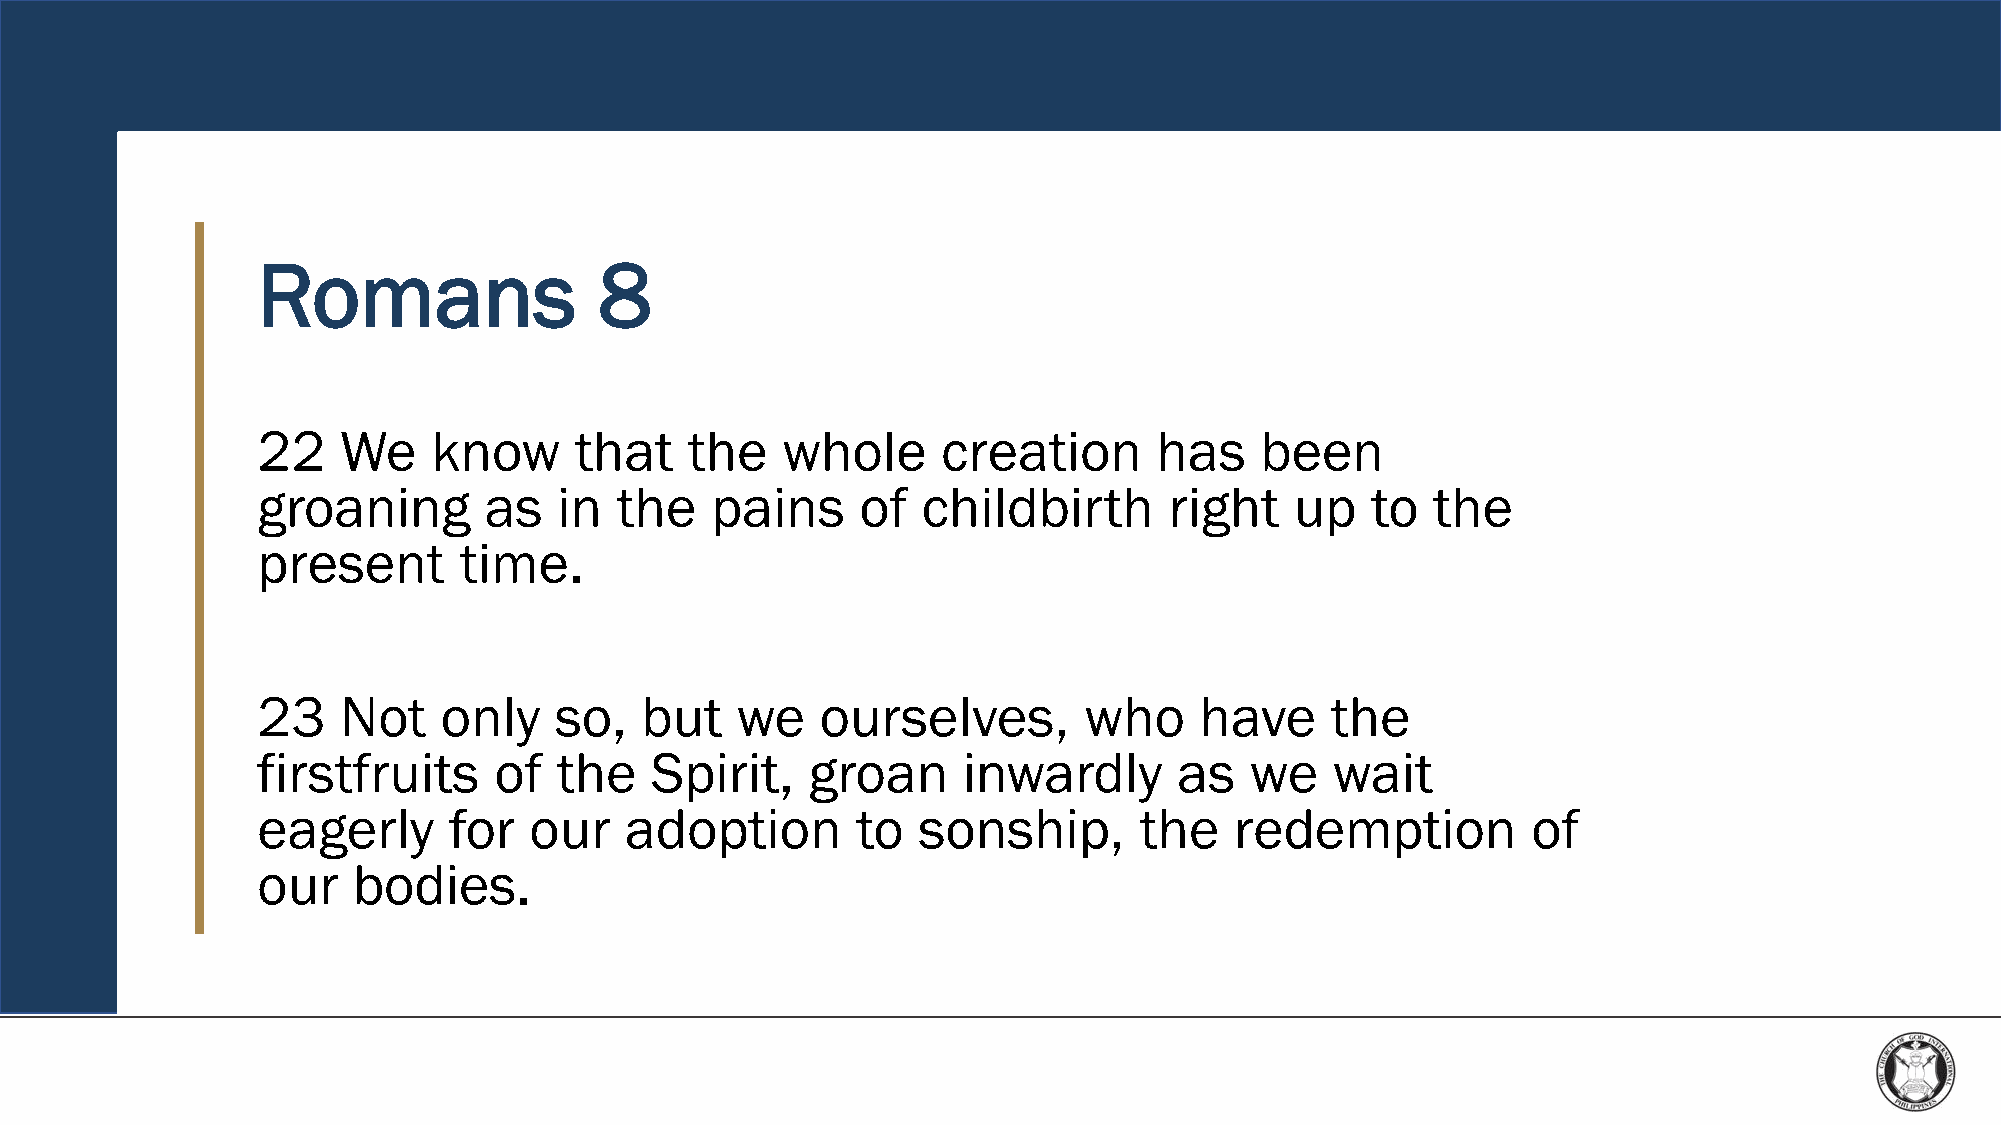
Romans                 8
 22    We    know     that    the   whole     creation       has   been
 groaning       as   in  the   pains     of  childbirth      right    up   to  the
 present      time.
 23    Not   only    so,  but    we   ourselves,        who    have     the
 firstfruits     of  the   Spirit,    groan     inwardly      as   we   wait
 eagerly      for  our   adoption        to  sonship,      the    redemption         of
 our   bodies.